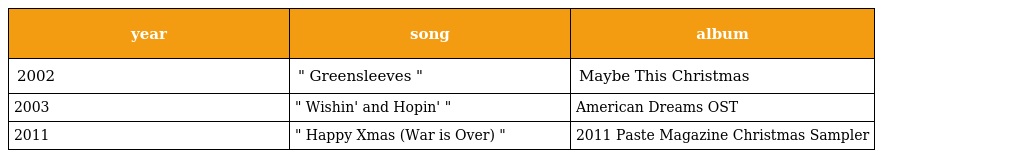
| year | song | album |
 | --- | --- | --- |
 | 2002 | " Greensleeves " | Maybe This Christmas |
 | 2003 | " Wishin' and Hopin' " | American Dreams OST |
 | 2011 | " Happy Xmas (War is Over) " | 2011 Paste Magazine Christmas Sampler |